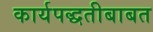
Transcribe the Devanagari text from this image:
कार्यपद्धतीबाबत